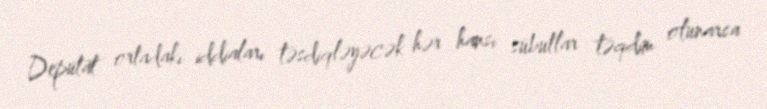
Deputat ortadakı iddiaları təsdiqləyəcək hər hansı sübutlar təqdim olunarsa